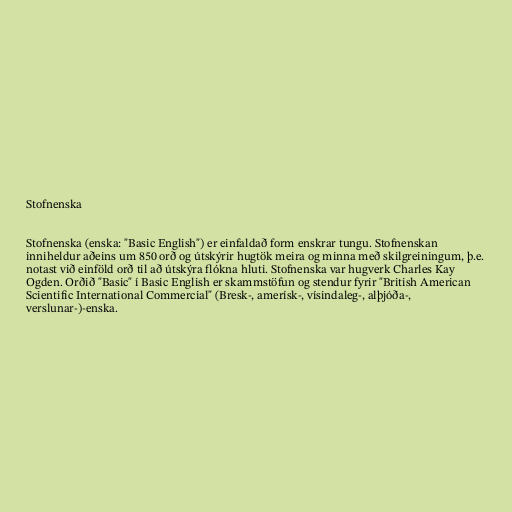
Stofnenska

Stofnenska (enska: "Basic English") er einfaldað form enskrar tungu. Stofnenskan
inniheldur aðeins um 850 orð og útskýrir hugtök meira og minna með skilgreiningum, þ.e.
notast við einföld orð til að útskýra flókna hluti. Stofnenska var hugverk Charles Kay
Ogden. Orðið "Basic" í Basic English er skammstöfun og stendur fyrir "British American
Scientific International Commercial" (Bresk-, amerísk-, vísindaleg-, alþjóða-,
verslunar-)-enska.